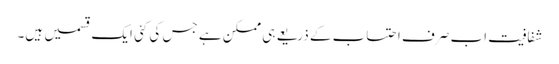
شفافیت اب صرف احتساب کے ذریعے ہی ممکن ہے جس کی کئی ایک قسمیں ہیں۔